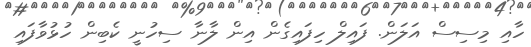
ހާއި މިސިސް އަލަން. ފައިލް ހިފައިގެން އިން ލާނާ ސިހުނީ ކެބިން ހުޅުވާފައި